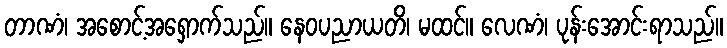
တာဏံ၊ အစောင့်အရှောက်သည်။ နေဝပညာယတိ၊ မထင်။ လေဏံ၊ ပုန်းအောင်းရာသည်။